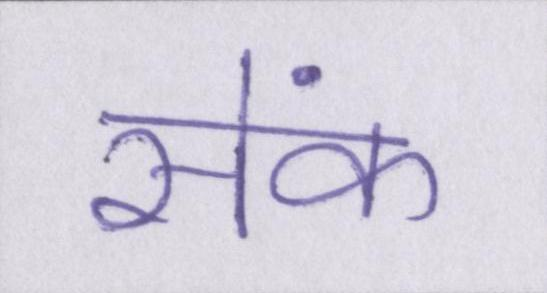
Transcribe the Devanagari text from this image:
सेंक